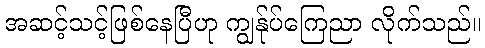
အဆင့်သင့်ဖြစ်နေပြီဟု ကျွန်ုပ်ကြေညာ လိုက်သည်။